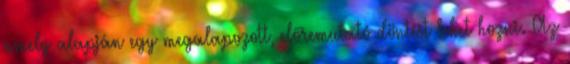
amely alapján egy megalapozott, előremutató döntést lehet hozni. Az